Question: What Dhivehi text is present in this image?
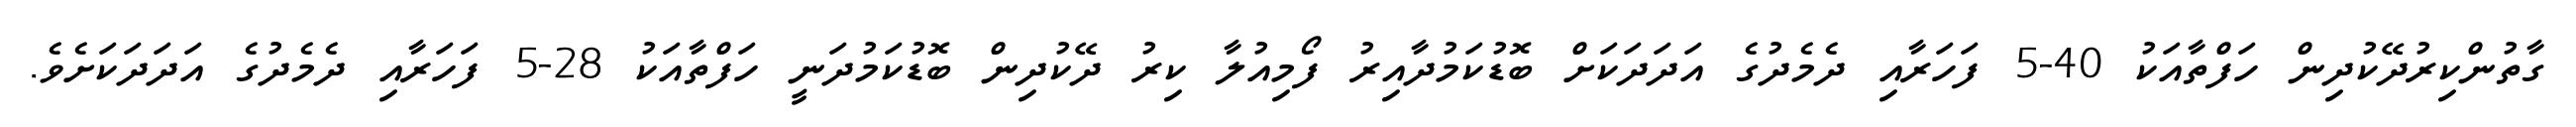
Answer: ގާތުންކިރުދޭކުދިން ހަފްތާއަކު 40-5 ފަހަރާއި ދެމެދުގެ އަދަދަކަށް ބޮޑުކަމުދާއިރު ފޯމިއުލާ ކިރު ދޭކުދިން ބޮޑުކަމުދަނީ ހަފްތާއަކު 28-5 ފަހަރާއި ދެމެދުގެ އަދަދަކަށެވެ.